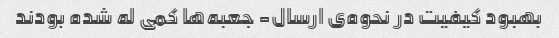
بهبود کیفیت در نحوه‌ی ارسال- جعبه‌ها کمی له شده بودند